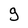
Character: g